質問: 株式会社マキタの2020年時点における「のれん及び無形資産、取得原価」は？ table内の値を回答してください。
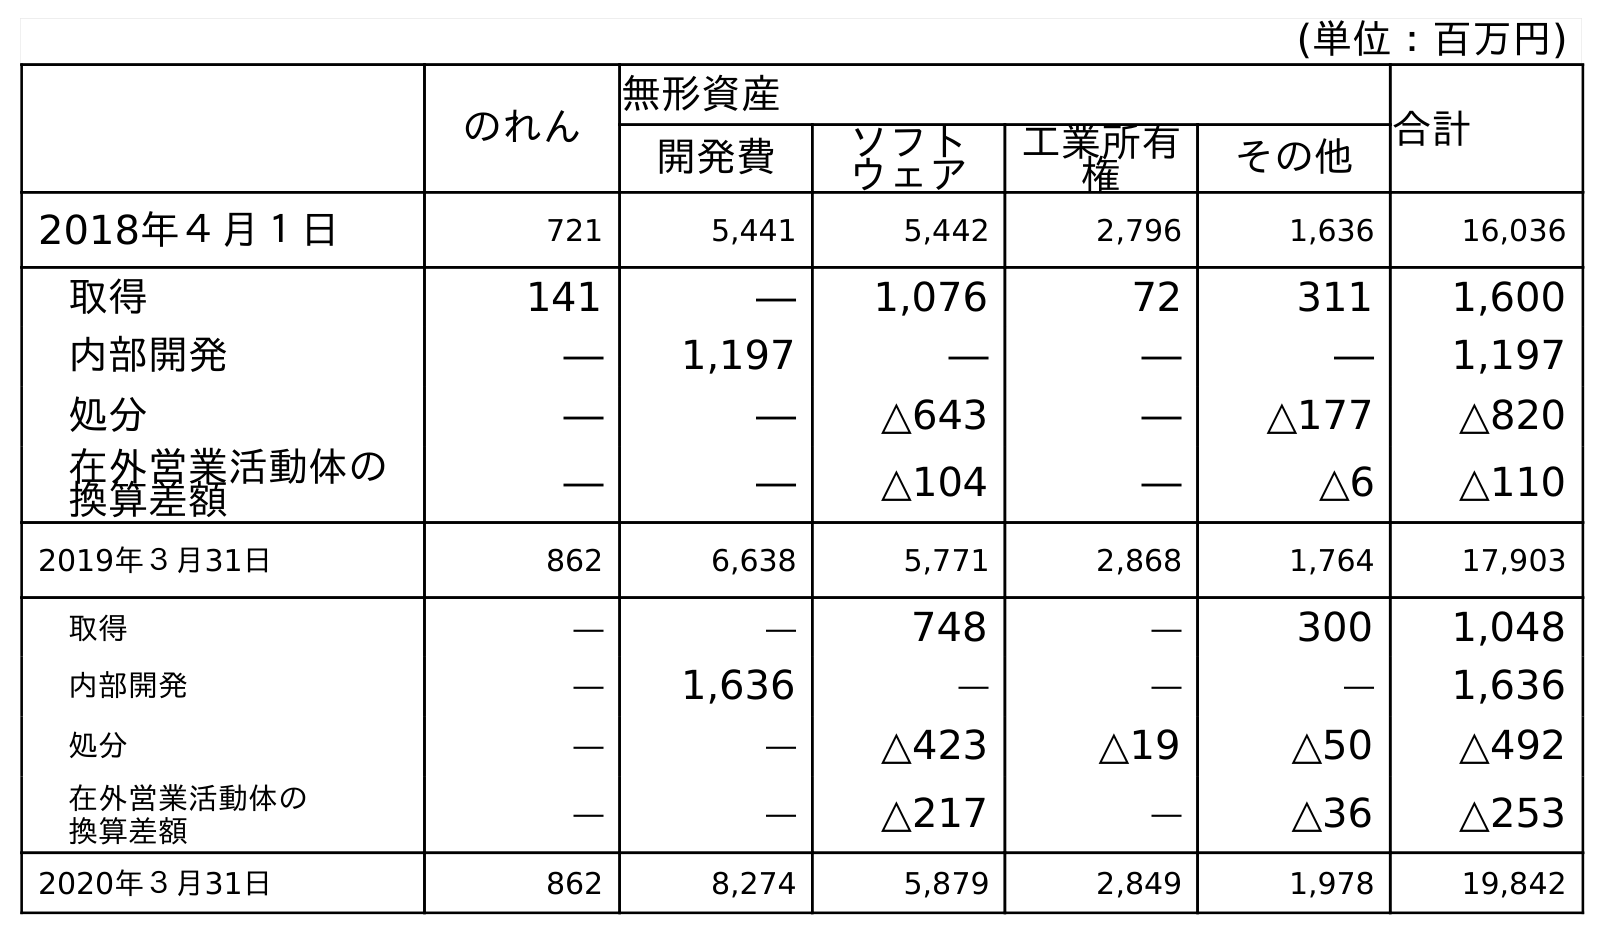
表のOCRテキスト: (単位：百万円) のれん 無形資産 合計 開発費 ソフト ウェア 工業所有 権 その他 2018年４月１日 721 5,441 5,442 2,796 1,636 16,036 取得 141 ― 1,076 72 311 1,600 内部開発 ― 1,197 ― ― ― 1,197 処分 ― ― △643 ― △177 △820 在外営業活動体の 換算差額 ― ― △104 ― △6 △110 2019年３月31日 862 6,638 5,771 2,868 1,764 17,903 取得 ― ― 748 ― 300 1,048 内部開発 ― 1,636 ― ― ― 1,636 処分 ― ― △423 △19 △50 △492 在外営業活動体の 換算差額 ― ― △217 ― △36 △253 2020年３月31日 862 8,274 5,879 2,849 1,978 19,842
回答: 19,842